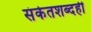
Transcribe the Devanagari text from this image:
संकेतशब्दही